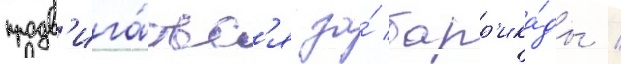
продв'ига́тьс'я за́ барр'ика́ды /